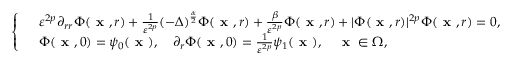
\left\{ \begin{array} { r l } & { \varepsilon ^ { 2 p } \partial _ { r r } \Phi ( \textbf { x } , r ) + \frac { 1 } { \varepsilon ^ { 2 p } } ( - \Delta ) ^ { \frac { \alpha } { 2 } } \Phi ( \textbf { x } , r ) + \frac { \beta } { \varepsilon ^ { 2 p } } \Phi ( \textbf { x } , r ) + | \Phi ( \textbf { x } , r ) | ^ { 2 p } \Phi ( \textbf { x } , r ) = 0 , } \\ & { \Phi ( \textbf { x } , 0 ) = \psi _ { 0 } ( \textbf { x } ) , \quad \partial _ { r } \Phi ( \textbf { x } , 0 ) = \frac { 1 } { \varepsilon ^ { 2 p } } \psi _ { 1 } ( \textbf { x } ) , \quad \textbf { x } \in \Omega , } \end{array} \right.